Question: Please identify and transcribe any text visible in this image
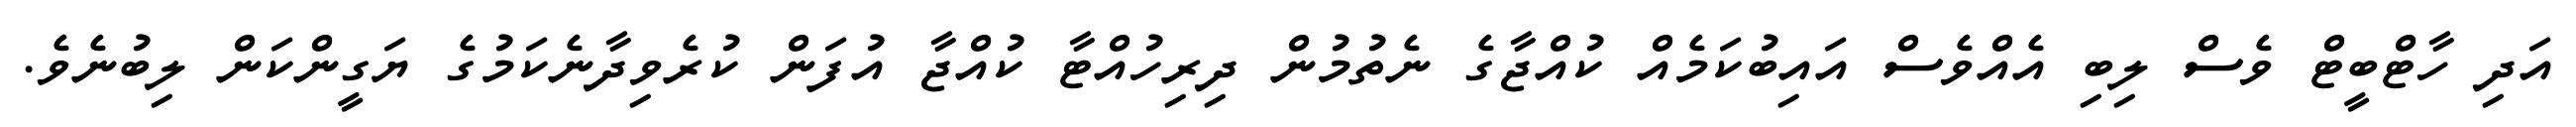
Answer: އަދި ހާޓްބީޓް ވެސް ލިބި އެއްވެސް އައިބުކަމެއް ކުއްޖާގެ ނެތުމުން ދިރިހުއްޓާ ކުއްޖާ އުފަން ކުރެވިދާނެކަމުގެ ޔަގީންކަން ލިބުނެވެ.